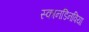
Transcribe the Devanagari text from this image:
स्कानडिनविया